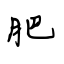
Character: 肥